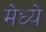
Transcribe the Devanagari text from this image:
मेध्ये